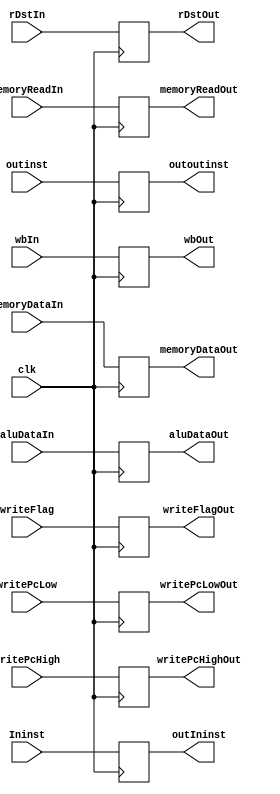
module IM_IW (
    input clk,
    input [15:0] aluDataIn,
    input [15:0] memoryDataIn,
    input memoryReadIn,
    input wbIn,
    input [2:0] rDstIn,
    input writeFlag,
    input writePcHigh,
    input writePcLow,
    output reg [15:0] aluDataOut,
    output reg [15:0] memoryDataOut,
    output reg memoryReadOut,
    output reg wbOut,
    output reg [2:0] rDstOut,
    output reg writeFlagOut,
    output reg writePcHighOut,
    output reg writePcLowOut,
    input Ininst,
    input outinst,
    output reg outIninst,
    output reg outoutinst
);

    always @(posedge clk ) begin
        aluDataOut = aluDataIn;
        memoryDataOut = memoryDataIn;
        memoryReadOut = memoryReadIn;
        wbOut = wbIn;
        rDstOut = rDstIn;
        writeFlagOut = writeFlag;
        writePcHighOut = writePcHigh;
        writePcLowOut = writePcLow;
        outIninst = Ininst;
        outoutinst = outinst;
    end
    
endmodule

module memoryOutMux (
    input memoryRead,
    input [15:0] aluData,
    input [15:0] memoryData,
    output [15:0] memoryOut
);

    assign memoryOut = memoryRead ? memoryData : aluData;
    
endmodule